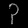
Digit: ၃